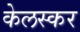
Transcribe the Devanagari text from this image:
केलस्कर